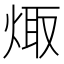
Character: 𭴻